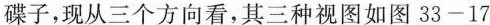
碟子，现从三个方向看，其三种视图如图33-17